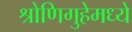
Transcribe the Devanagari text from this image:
श्रोणिगुहेमध्ये